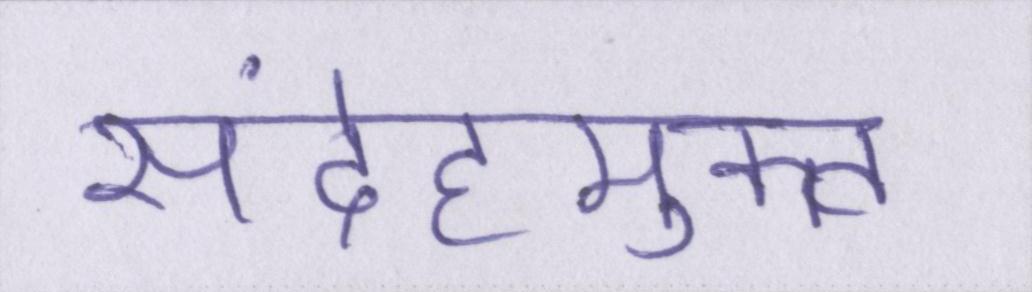
संदेहमुक्त